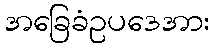
အခြေခံဥပဒေအား